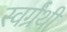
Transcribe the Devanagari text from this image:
स्वर्ग्रंथी